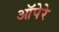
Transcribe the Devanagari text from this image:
ऑपेरे